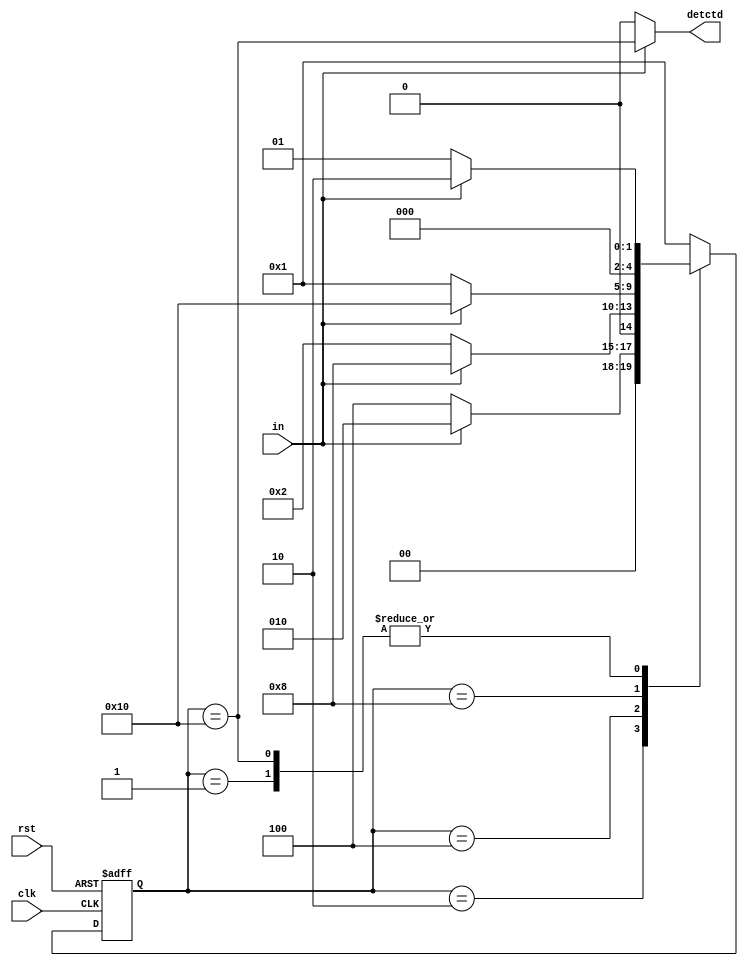
module sqncdetctr(input in, clk,rst,output detctd
    );
localparam s0=5'b00001,
           s1=5'b00010,
			  s2=5'b00100,   
			  s3=5'b01000,
			  s4=5'b10000;
reg [4:0] stat_reg,next_reg;
always @(posedge clk,posedge rst)
 if(rst)
   stat_reg<=s0;
else 
   stat_reg<=next_reg;
always@(*) 
    case(stat_reg)
	               s0: if(in) next_reg=s1;
						    else   next_reg=s0;
						s1: if(in) next_reg=s1;
						    else   next_reg=s2;
						s2: if(in) next_reg=s3;
						    else   next_reg=s1;
						s3: if(in) next_reg=s4;
						    else   next_reg=s0;
						s4: if(in) next_reg=s1;
						    else   next_reg=s0;
						default:	 next_reg=s0;
			endcase
assign detctd= in?(stat_reg==s4):1'b0;
endmodule